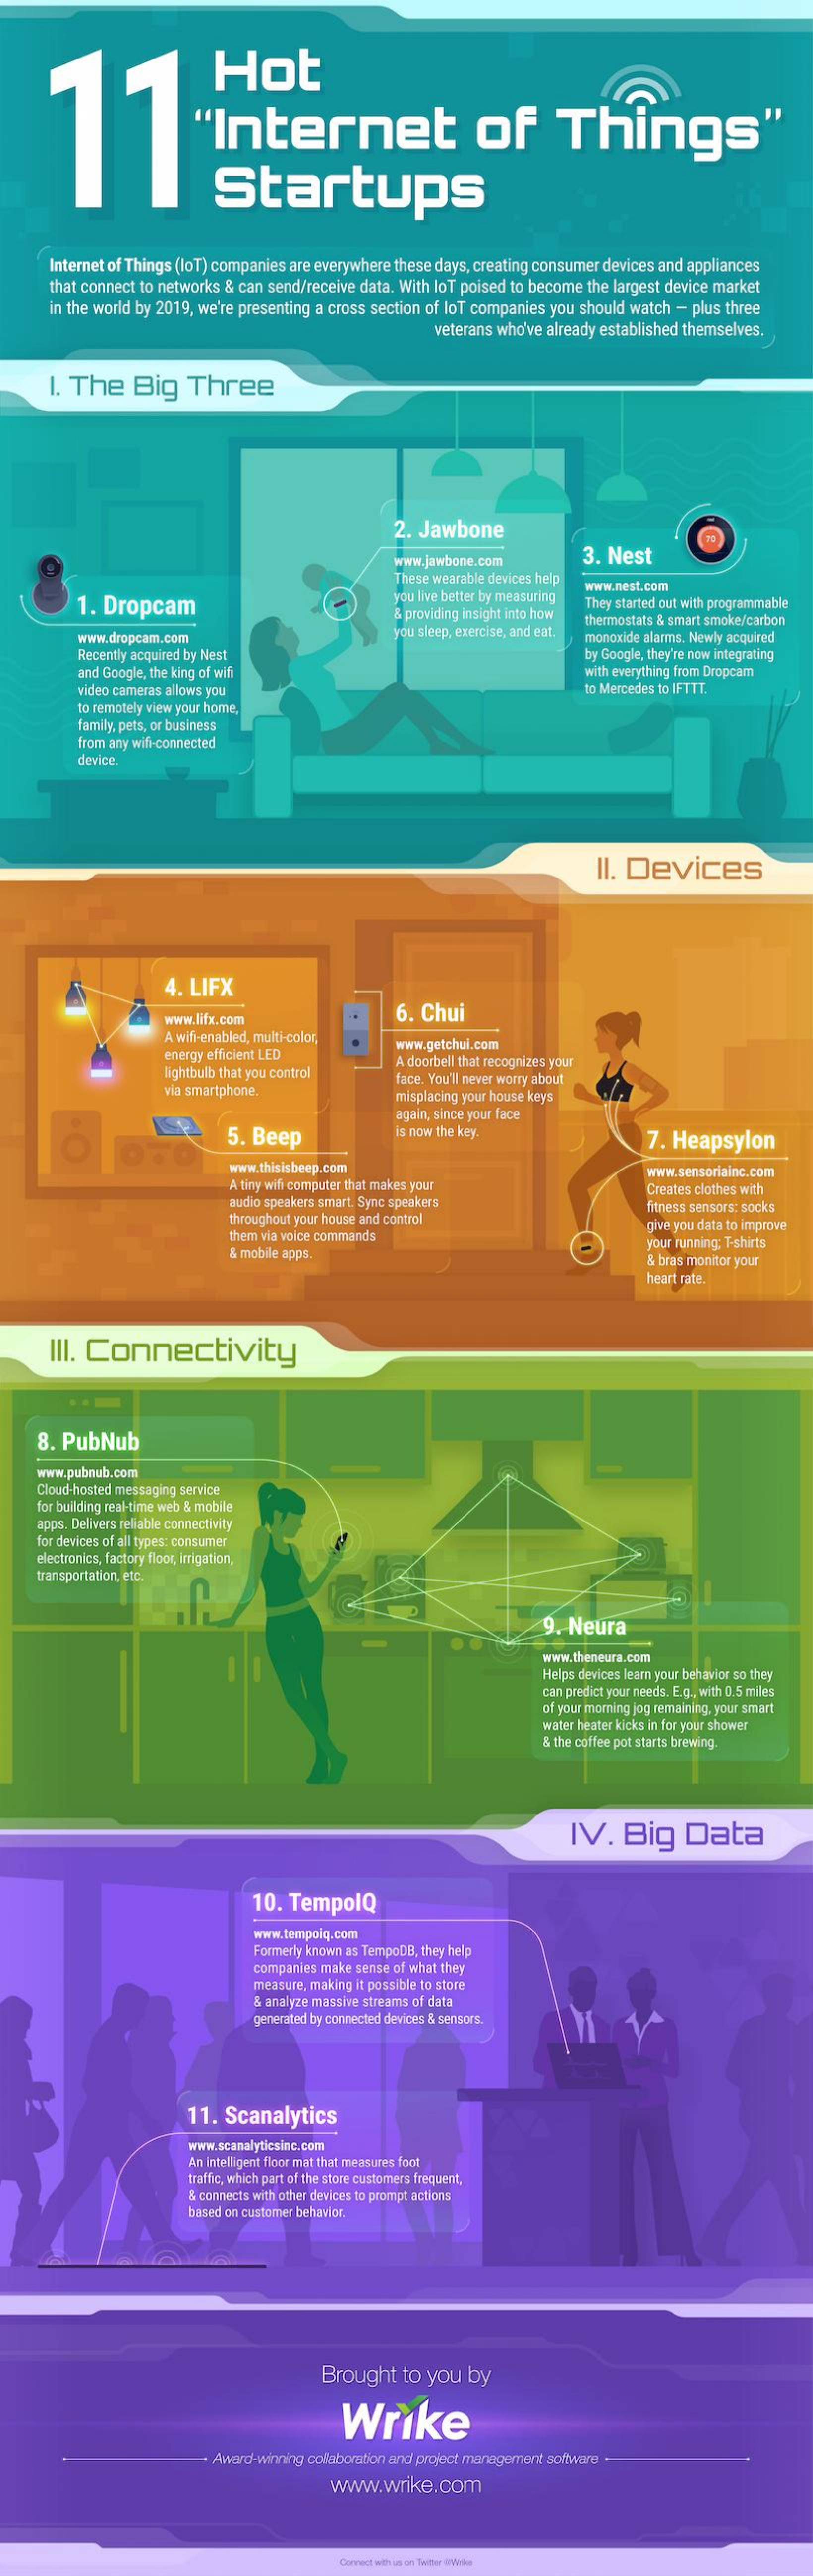
11    internet    of    Things"
     Hot
     Startups
     Internet of Things (loT) companies are everywhere these days, creating consumer devices and appliances
     that connect to networks & can send/receive data. With loT poised to become the largest device market
     in the world by 2019, we're presenting a cross section of lot companies you should watch - plus three
     veterans who've already established themselves.
     I. The    Big    Three
     2. Jawbone
     www.jawbone.com    3. Nest
     These wearable devices help
     1. Dropcam
     you live better by measuring
     www.nest.com
     & providing insight into how
     They started out with programmable
     www.dropcam.com    you sleep, exercise, and eat.
     thermostats & smart smoke/carbon
     monoxide alarms. Newly acquired
     Recently acquired by Nest    by Google, they're now integrating
     and Google, the king of wifi
     video cameras allows you
     with everything from Dropcam
     to Mercedes to IFTTT.
     to remotely view your home,
     family, pets, or business
     from any wifi-connected
     device.
     Il. Devices
     4. LIFX
     www.lifx.com    6. Chui
     A wifi-enabled, multi-color,
     energy efficient LED
     www.getchui.com
     lightbulb that you control
     A doorbell that recognizes your
     via smartphone.
     face. You'll never worry about
     misplacing your house keys
     5. Beep
     again, since your face
     is now the key.    7. Heapsylon
     www.thisisbeep.com
     A tiny wifi computer that makes your
     www.sensoriainc.com
     audio speakers smart. Sync speakers
     Creates clothes with
     throughout your house and control
     fitness sensors: socks
     them via voice commands
     give you data to improve
     & mobile apps.
     your running; T-shirts
     & bras monitor your
     heart rate.
     III. Connectivity
     8. PubNub
     www.pubnub.com
     Cloud-hosted messaging service
     for building real-time web & mobile
     apps. Delivers reliable connectivity
     for devices of all types: consumer
     electronics, factory floor, irrigation,
     transportation, etc.
     9. Neura
     www.theneura.com
     Helps devices learn your behavior so they
     can predict your needs. E.g ., with 0.5 miles
     of your morning jog remaining, your smart
     water heater kicks in for your shower
     & the coffee pot starts brewing.
     IV.   Big    Data
     10. TempoIQ
     www.tempoiq.com
     Formerly known as TempoDB, they help
     companies make sense of what they
     measure, making it possible to store
     & analyze massive streams of data
     generated by connected devices & sensors.
     11. Scanalytics
     www.scanalyticsinc.com
     An intelligent floor mat that measures foot
     traffic, which part of the store customers frequent,
     & connects with other devices to prompt actions
     based on customer behavior.
     Brought   to you  by
     Wrike
     Award-winning collaboration and project management software
     www.wrike.com